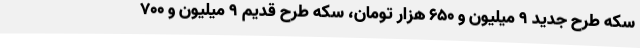
سکه طرح جدید ۹ میلیون و ۶۵۰ هزار تومان، سکه طرح قدیم ۹ میلیون و ۷۰۰